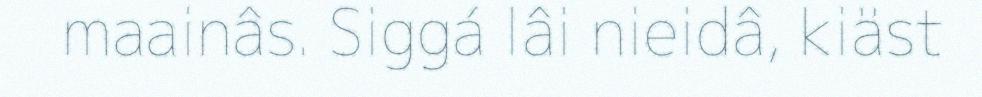
maainâs. Siggá lâi nieidâ, kiäst